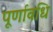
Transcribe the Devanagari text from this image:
पूर्णावधि